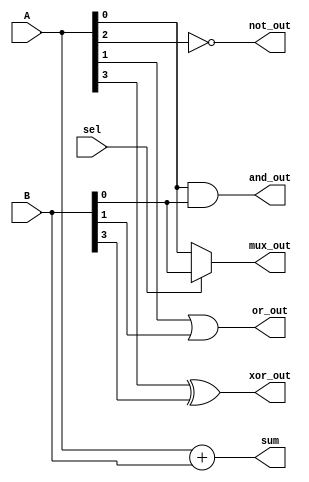
module comb_logic_block (
    input wire [3:0] A,       // 4-bit input A
    input wire [3:0] B,       // 4-bit input B
    input wire sel,           // Select line for multiplexer
    output wire [3:0] sum,    // Output for adder
    output wire and_out,      // Output for AND gate
    output wire or_out,       // Output for OR gate
    output wire not_out,      // Output for NOT gate
    output wire xor_out,      // Output for XOR gate
    output wire mux_out       // Output for multiplexer
);

    // Adder
    assign sum = A + B;

    // AND gate
    assign and_out = A[0] & B[0];

    // OR gate
    assign or_out = A[1] | B[1];

    // NOT gate
    assign not_out = ~A[2];

    // XOR gate
    assign xor_out = A[3] ^ B[3];

    // Multiplexer
    assign mux_out = sel ? B : A;

endmodule